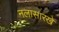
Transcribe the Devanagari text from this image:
नलासारखे